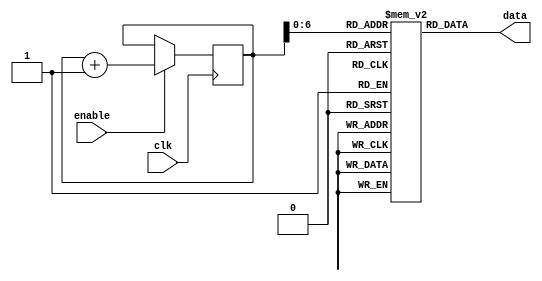
module rom (
    input clk,
    input enable,
    output [31:0] data
);
    reg [7:0] address = 0;
    reg [31:0] rom [99:0];  

    integer i;
    initial begin
        for (i = 0; i <= 99; i = i + 1) begin
           rom[i] = 32'h00_100_100;
        end
    end

    always @(posedge clk) begin
         if (enable) begin
            address <= address + 1;
         end
     end

    assign data = rom[address];

endmodule